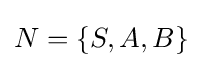
N=\left\{S,A,B\right\}